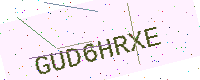
Text: GUD6HRXE